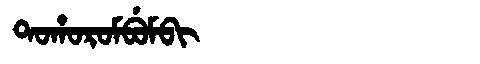
Manchu: ᡨᠣᡥᠣᡵᠣᠮᠪᡠᠮᠪᡳ
Romanization: TOHOROMBUMBI